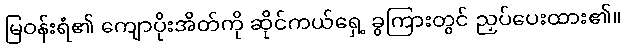
မြဝန်းရံ၏ ကျောပိုးအိတ်ကို ဆိုင်ကယ်ရှေ့ ခွကြားတွင် ညှပ်ပေးထား၏။